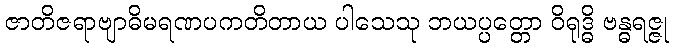
ဇာတိဇရာဗျာဓိမရဏပကတိတာယ ပါသေသု ဘယပ္ပတ္တော ဝိရုဒ္ဓိ ဗန္ဓရဇ္ဇု